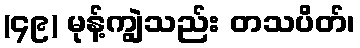
(၄၉) မုန့်ကျွဲသည်း တသပိတ်၊